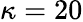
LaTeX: \kappa=20